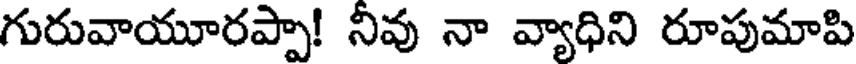
గురువాయూరప్పా! నీవు నా వ్యాధిని రూపుమాపి